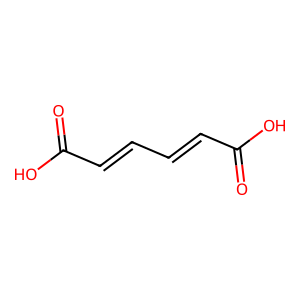
SMILES: O=C(O)C=CC=CC(=O)O
Inhibits HIV replication: No